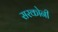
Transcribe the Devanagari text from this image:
सरकोनी